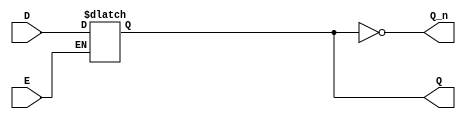
module async_gated_latch (
    input wire D,         // Data Input
    input wire E,         // Enable Signal
    output reg Q,         // Output
    output wire Q_n       // Complementary Output
);

    // Complementary output
    assign Q_n = ~Q;

    always @* begin
        if (E) begin
            Q = D;       // Capture data when enabled
        end
        // When E is low, Q retains its previous value
    end

endmodule